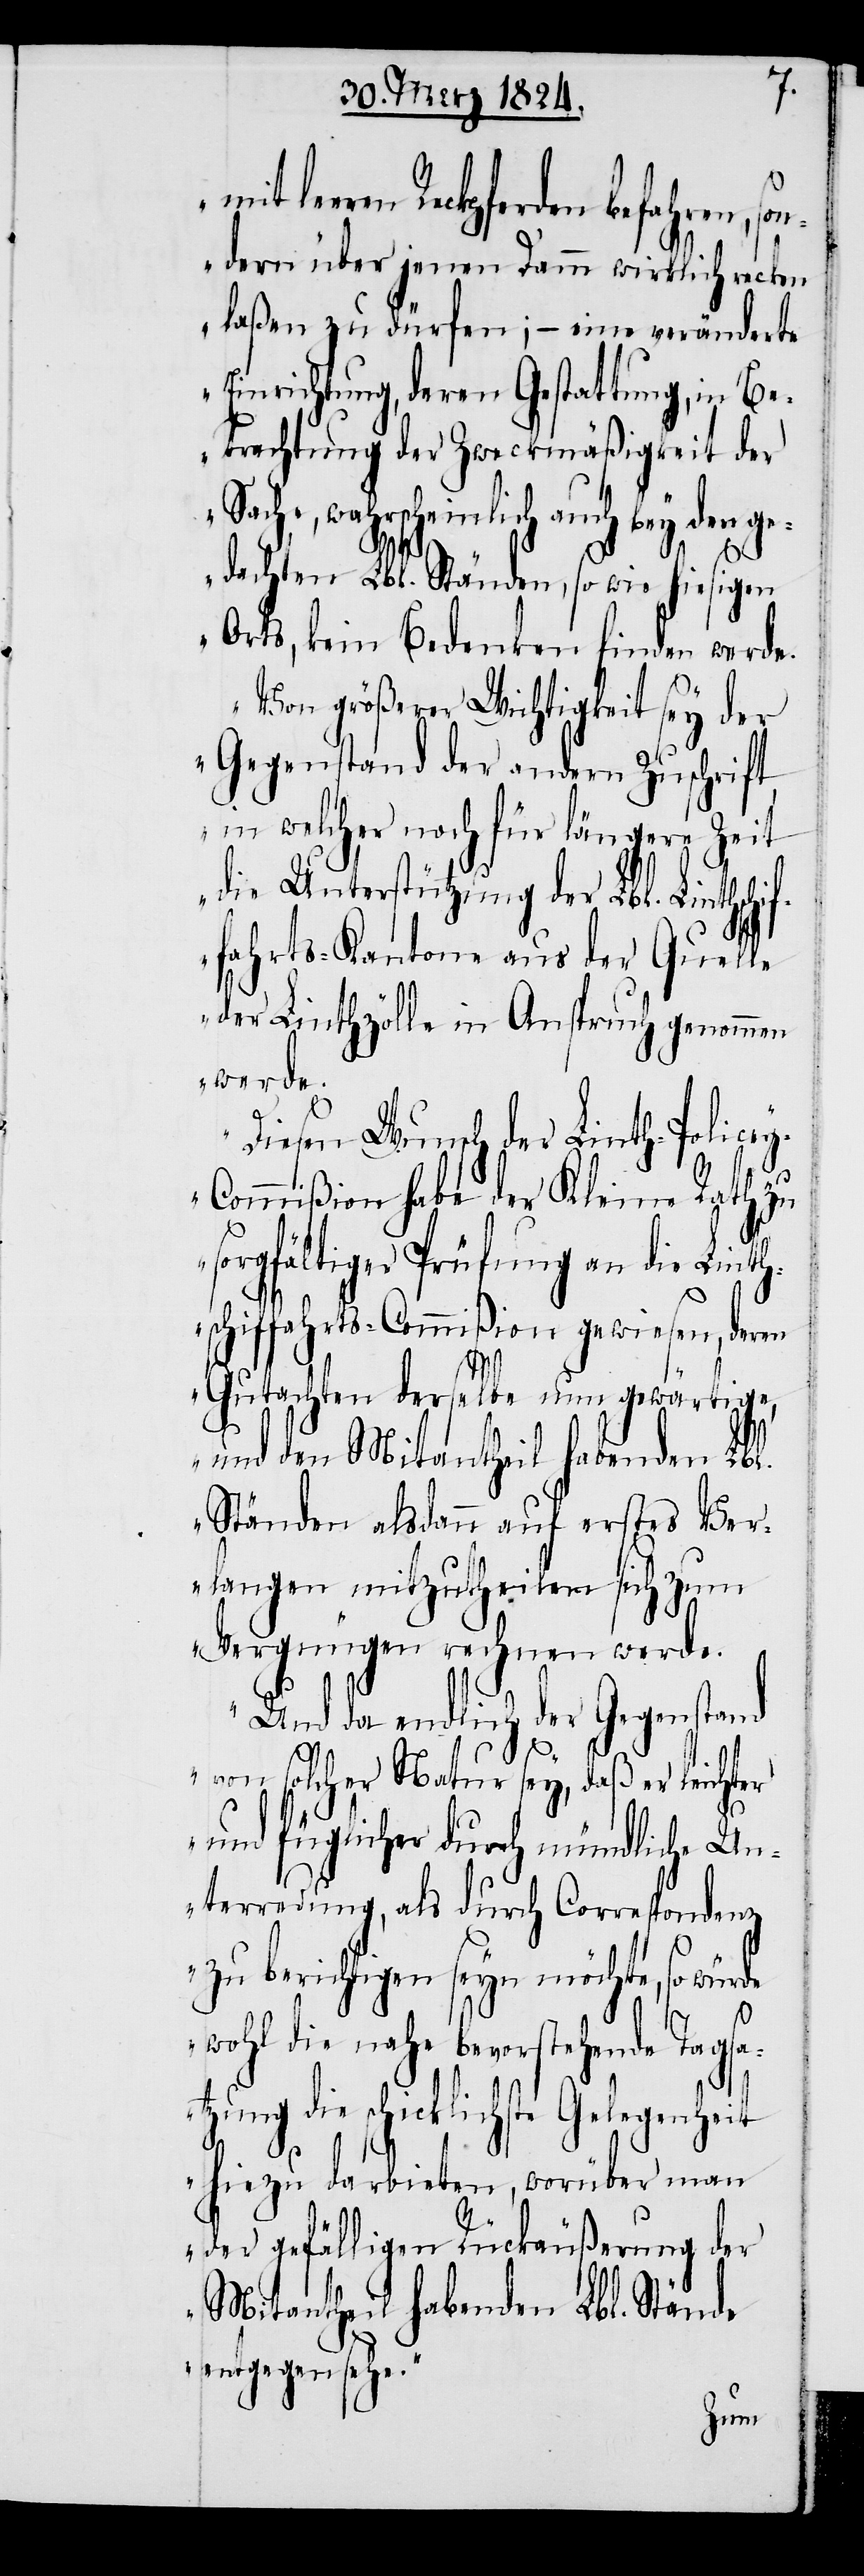
f¬
leeren Reckpferden befahr¬
en,
sondern über jenen Damm wirklich recken
laßen zu dürfen; – eine veränderte
Einrichtung, deren Gestattung, in Be¬
trachtung der Zweckmäßigkeit der
Sache, wahrscheinlich auch bey den ge¬
dachten Lbl. Ständen, so wie hiesigen
Orts, kein Bedenken finden werde.
Von größerer Wichtigkeit sey der
Gegenstand der andern Zuschrift
in welcher noch für längere Zeit
die Unterstützung der Lbl. Linthschi¬
fahrts-Kantone aus der Quelle
der Linthzölle in Anspruch genommen
werde.
Diesen Wunsch der Linth-Police¬
y-Commißion habe der Kleine Rath zu
sorgfältiger Prüfung an die Linth¬
schiffahrts-Commißion gewiesen, deren
Gutachten derselbe nun gewärtige,
und den Mitantheil habenden Lbl.
Ständen alsdann auf erstes Ver¬
langen mitzutheilen sich zum
Vergnügen rechnen werde.
Und da endlich der Gegenstand
von solcher Natur sey, daß er leichter
und füglicher durch mündliche Un¬
terredung, als durch Correspondenz
zu berichtigen seyn möchte, so
wohl die nahe bevorstehende Tagsa¬
tzung die schicklichste Gelegenheit
hiezu darbieten, worüber man
der gefälligen Rückäußerung der
Mitantheil habenden Lbl. Stände
entgegensehe.“